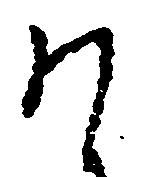
そ